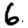
Digit: 6